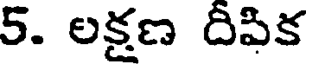
5. లక్షణ దిపిక